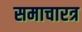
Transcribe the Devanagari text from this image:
समाचारत्र